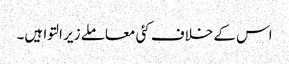
اس کے خلاف کئی معاملے زیر التوا ہیں۔